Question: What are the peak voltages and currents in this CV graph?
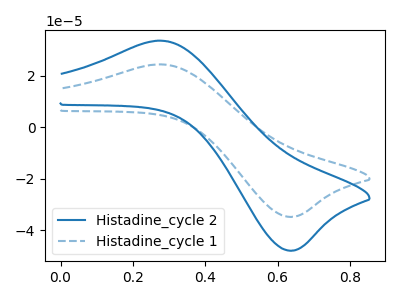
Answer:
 <answer>The blue curve "Histadine_cycle 2" has an anodic peak at (0.30V, 33.70uA) and a cathodic peak at (0.65V, -48.00uA). The blue dashed curve "Histadine_cycle 1" has an anodic peak at (0.30V, 24.45uA) and a cathodic peak at (0.65V, -34.85uA).</answer>
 <eval></eval>